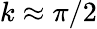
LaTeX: k\approx\pi/2